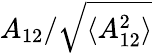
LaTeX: A_{12}/\sqrt{\langle A_{12}^{2}\rangle}